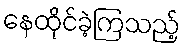
နေထိုင်ခဲ့ကြသည့်